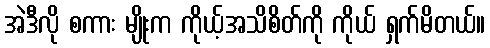
အဲဒီလို စကား မျိုးက ကိုယ့်အသိစိတ်ကို ကိုယ် ရှက်မိတယ်။